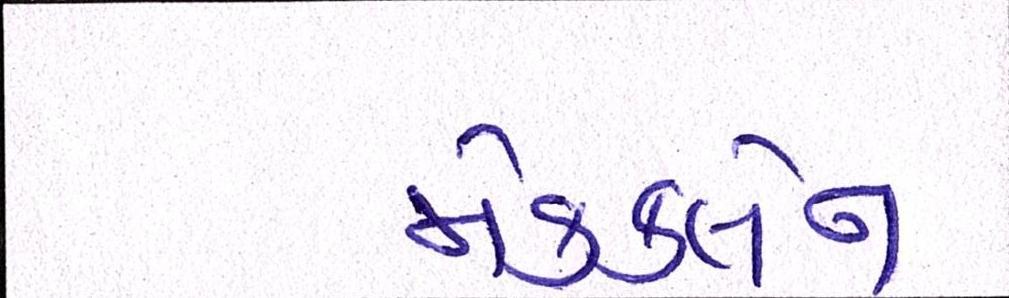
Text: મેકક્લેન